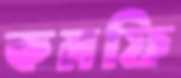
কমফি